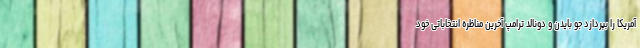
آمریکا را بپردازد جو بایدن و دونالد ترامپ آخرین مناظره انتخاباتی خود